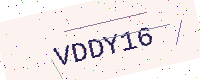
Text: VDDY16